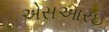
એસઆરઇ